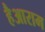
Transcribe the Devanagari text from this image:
हैआराम